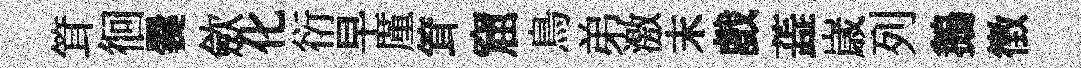
䇯徊爨歛化衍早厪䇯窟鳥弟激末戲蕋𡻕列鵝徴